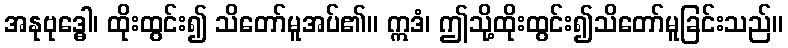
အနုဗုဒ္ဓေါ၊ ထိုးထွင်း၍ သိတော်မူအပ်၏။ ဣဒံ၊ ဤသို့ထိုးထွင်း၍သိတော်မူခြင်းသည်။